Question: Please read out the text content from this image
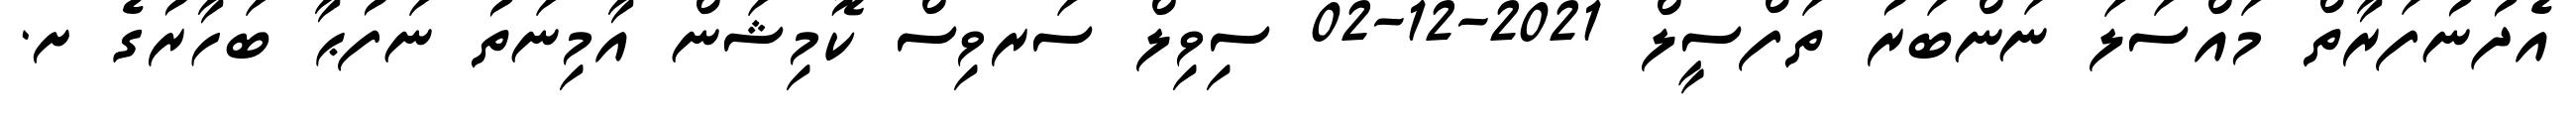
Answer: އެދުނުފަރާތް މައްސަލަ ނަންބަރު ތަފްސީލް 2021-12-02 ސިވިލް ސަރވިސް ކޮމިޝަން އާމިނަތު ނަފުޙާ ބަހާރުގެ ށ.